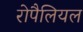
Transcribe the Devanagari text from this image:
रोपैलियल